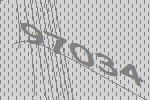
97034